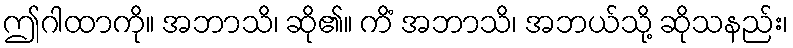
ဤဂါထာကို။ အဘာသိ၊ ဆို၏။ ကိံ အဘာသိ၊ အဘယ်သို့ ဆိုသနည်း၊